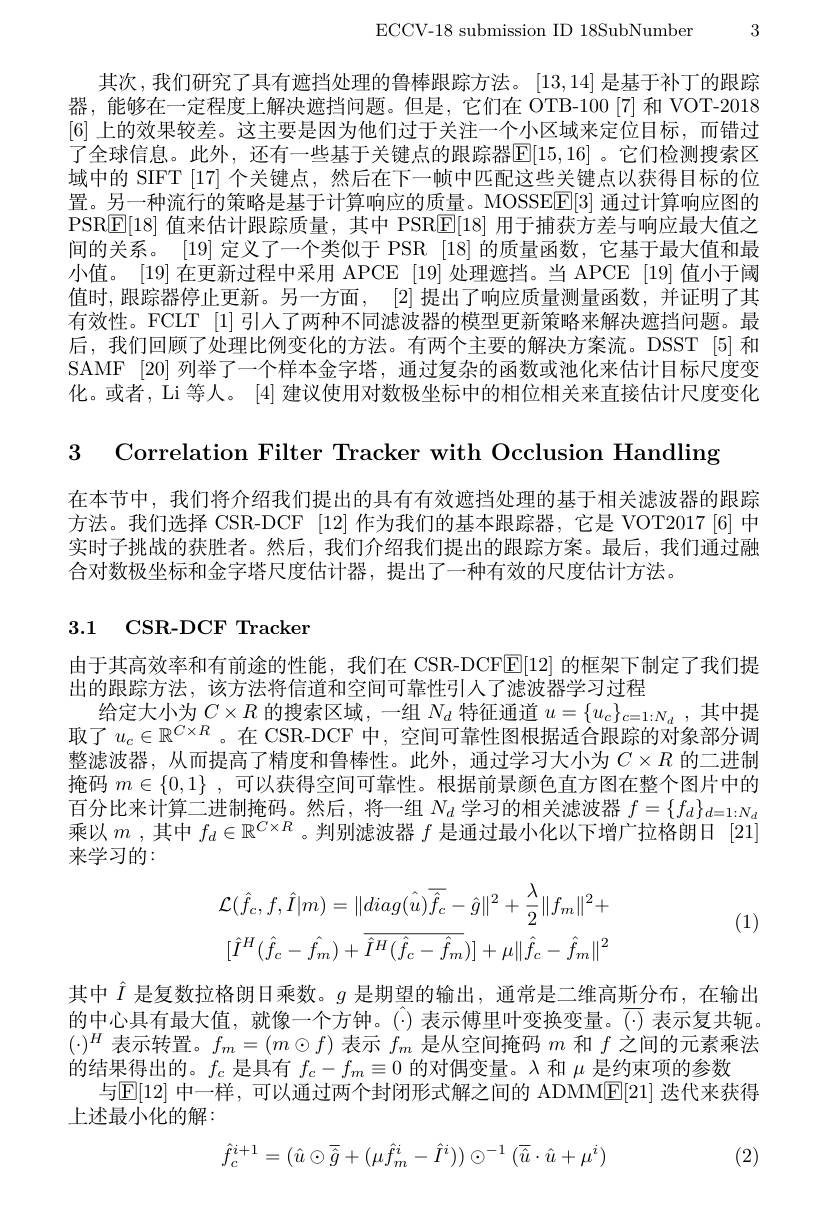
3

ECCV-18 submission ID 18SubNumber

其次，我们研究了具有遮挡处理的鲁棒跟踪方法。[13,14]是基于补丁的跟踪器，能够在一定程度上解决遮挡问题。但是，它们在 OTB-100[7]和 VOT-2018 [6]上的效果较差。这主要是因为他们过于关注一个小区域来定位目标，而错过了全球信息。此外，还有一些基于关键点的跟踪器$\mathbb{E}[15,16]$ 。它们检测搜索区域中的 SIFT [17]个关键点，然后在下一帧中匹配这些关键点以获得目标的位置。另一种流行的策略是基于计算响应的质量。MOSSEE[3] 通过计算响应图的PSRE[18] 值来估计跟踪质量，其中 PSR$\underline{\mathrm{E}}[18]$用于捕获方差与响应最大值之间的关系。[19]定义了一个类似于 PSR [18]的质量函数，它基于最大值和最小值。[19] 在更新过程中采用 APCE [19] 处理遮挡。当 APCE [19] 值小于阈值时，跟踪器停止更新。另一方面，[2] 提出了响应质量测量函数，并证明了其有效性。FCLT [1]引人了两种不同滤波器的模型更新策略来解决遮挡问题。最后，我们回顾了处理比例变化的方法。有两个主要的解决方案流。DSST [5]和SAMF [20] 列举了一个样本金字塔，通过复杂的函数或池化来估计目标尺度变化。或者，Li 等人。[4] 建议使用对数极坐标中的相位相关来直接估计尺度变化

3 Correlation Filter Tracker with Occlusion Handling

在本节中，我们将介绍我们提出的具有有效遮挡处理的基于相关滤波器的跟踪方法。我们选择 CSR-DCF [12] 作为我们的基本跟踪器，它是 VOT2017[6]中实时子挑战的获胜者。然后，我们介绍我们提出的跟踪方案。最后，我们通过融合对数极坐标和金字塔尺度估计器，提出了一种有效的尺度估计方法。

# 3.1 CSR-DCF Tracker

由于其高效率和有前途的性能，我们在 CSR-DCFE[12] 的框架下制定了我们提
出的跟踪方法，该方法将信道和空间可靠性引人了滤波器学习过程
给定大小为$C\times R$的搜索区域，一组$N_d$特征通道$u=\{u_c\}_{c=1:N_d}$,其中提取了$u_c\in\mathbb{R}^{C\times R}$。在 CSR-DCF 中，空间可靠性图根据适合跟踪的对象部分调整滤波器，从而提高了精度和鲁棒性。此外，通过学习大小为$C\times R$的二进制掩码$m\in \{ 0, 1\}$ ,可以获得空间可靠性。根据前景颜色直方图在整个图片中的百分比来计算二进制掩码。然后，将一组$N_d$学习的相关滤波器$f=\{f_d\}_{d=1:N_d}$ 乘以$m$ ,其中$f_d\in\mathbb{R}^C\times R$ 。判别滤波器$f$是通过最小化以下增广拉格朗日 [21] 来学习的：

(1)
$$\mathcal{L}(\hat{f}_{c},f,\hat{I}|m)=\|diag(\hat{u})\overline{{\hat{f}_{c}}}-\hat{g}\|^{2}+\frac{\lambda}{2}\|f_{m}\|^{2}+\\[\hat{I}^{H}(\hat{f}_{c}-\hat{f}_{m})+\overline{{\hat{I}^{H}(\hat{f}_{c}-\hat{f}_{m}}})]+\mu\|\hat{f}_{c}-\hat{f}_{m}\|^{2}$$
其中$\hat{I}$是复数拉格朗日乘数。$g$是期望的输出，通常是二维高斯分布，在输出的中心具有最大值，就像一个方钟。($\cdot)表示傅里叶变换变量。(\cdot)表示复共轭$。$(\cdot)^{H}$表示转置。$f_m=(m\odot f)$表示$f_m$是从空间掩码$m$和$f$之间的元素乘法的结果得出的。$f_c$是具有$f_c-f_m\equiv0$的对偶变量。$\lambda$和$\mu$是约束项的参数
与$\mathbb{E}[12]$ 中一样，可以通过两个封闭形式解之间的 ADMM$\mathbb{E}[21]$ 迭代来获得
上述最小化的解：
$$\hat{f}_c^{i+1}=(\hat{u}\odot\overline{\hat{g}}+(\mu\hat{f}_m^i-\hat{I}^i))\odot^{-1}(\overline{\hat{u}}\cdot\hat{u}+\mu^i)$$
(2)